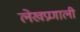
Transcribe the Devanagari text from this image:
लेखप्रणाली